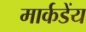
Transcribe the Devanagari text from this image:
मार्कडेंय